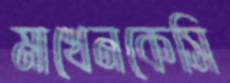
মাখেনকেসি